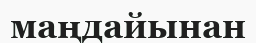
маңдайынан